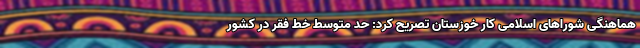
هماهنگی شوراهای اسلامی کار خوزستان تصریح کرد: حد متوسط خط فقر در کشور